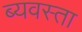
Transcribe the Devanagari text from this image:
ब्यवस्ता